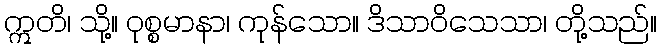
ဣတိ၊ သို့။ ဝုစ္စမာနာ၊ ကုန်သော။ ဒိသာဝိသေသာ၊ တို့သည်။